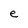
Character: e